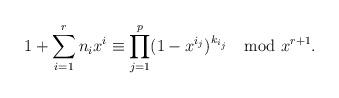
LaTeX: \begin{align*} 1+\sum_{i=1}^{r}n_ix^i \equiv \prod\limits_{j=1}^{p}(1-x^{i_j})^{k_{i_j}} \mod x^{r+1} . \end{align*}